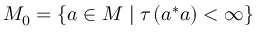
M _ { 0 } = \left\{ a \in M \mid \tau \left( a ^ { * } a \right) < \infty \right\}